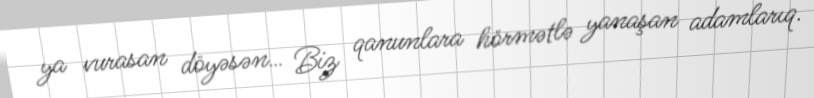
ya vurasan döyəsən… Biz qanunlara hörmətlə yanaşan adamlarıq.